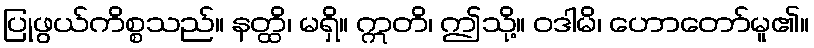
ပြုဖွယ်ကိစ္စသည်။ နတ္ထိ၊ မရှိ။ ဣတိ၊ ဤသို့။ ဝဒါမိ၊ ဟောတော်မူ၏။